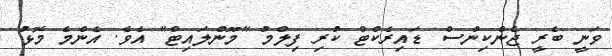
ވަނީ ބެރީ ޖެންކިންސް ޑައިރެކްޓް ކުރި ފިލްމު "މޫންލައިޓް" އެވެ. އެންމެ މޮޅު